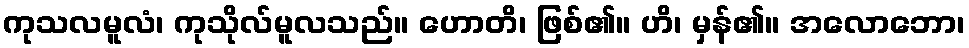
ကုသလမူလံ၊ ကုသိုလ်မူလသည်။ ဟောတိ၊ ဖြစ်၏။ ဟိ၊ မှန်၏။ အလောဘော၊